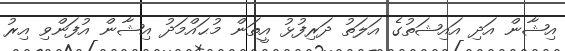
އިޝާން އަދި އައިޝަތުގެ އަލަތު ދަރިފުޅު އީތަން މުޙައްމަދު އިޝާން އުފަންވި އިރު